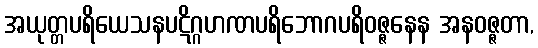
အယုတ္တပရိယေသနပဋိဂ္ဂဟဏပရိဘောဂပရိဝဇ္ဇနေန အနဝဇ္ဇတာ,